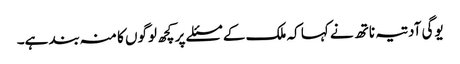
یوگی آدتیہ ناتھ نے کہا کہ ملک کے مسئلے پر کچھ لوگوں کا منہ بند ہے۔